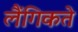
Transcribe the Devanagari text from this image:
लैंगिकते